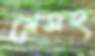
গ্রেসহ